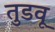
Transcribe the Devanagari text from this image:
तुडवू